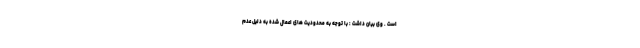
است . وی بیان داشت : با توجه به محدودیت های اعمال شده به دلیل عدم